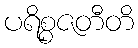
ပရိစ္စဇတီတိ